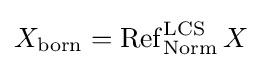
X_{\operatorname {born} }=\operatorname {Ref} _{\operatorname {Norm} }^{\operatorname {LCS} }X